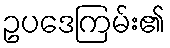
ဥပဒေကြမ်း၏